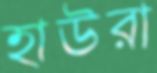
হাউরা